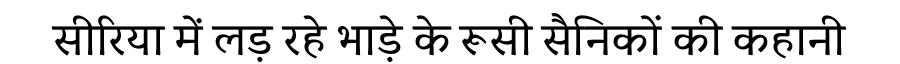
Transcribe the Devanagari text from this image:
सीरिया में लड़ रहे भाड़े के रूसी सैनिकों की कहानी